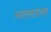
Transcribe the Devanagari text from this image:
नतराल